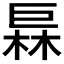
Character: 𪩦